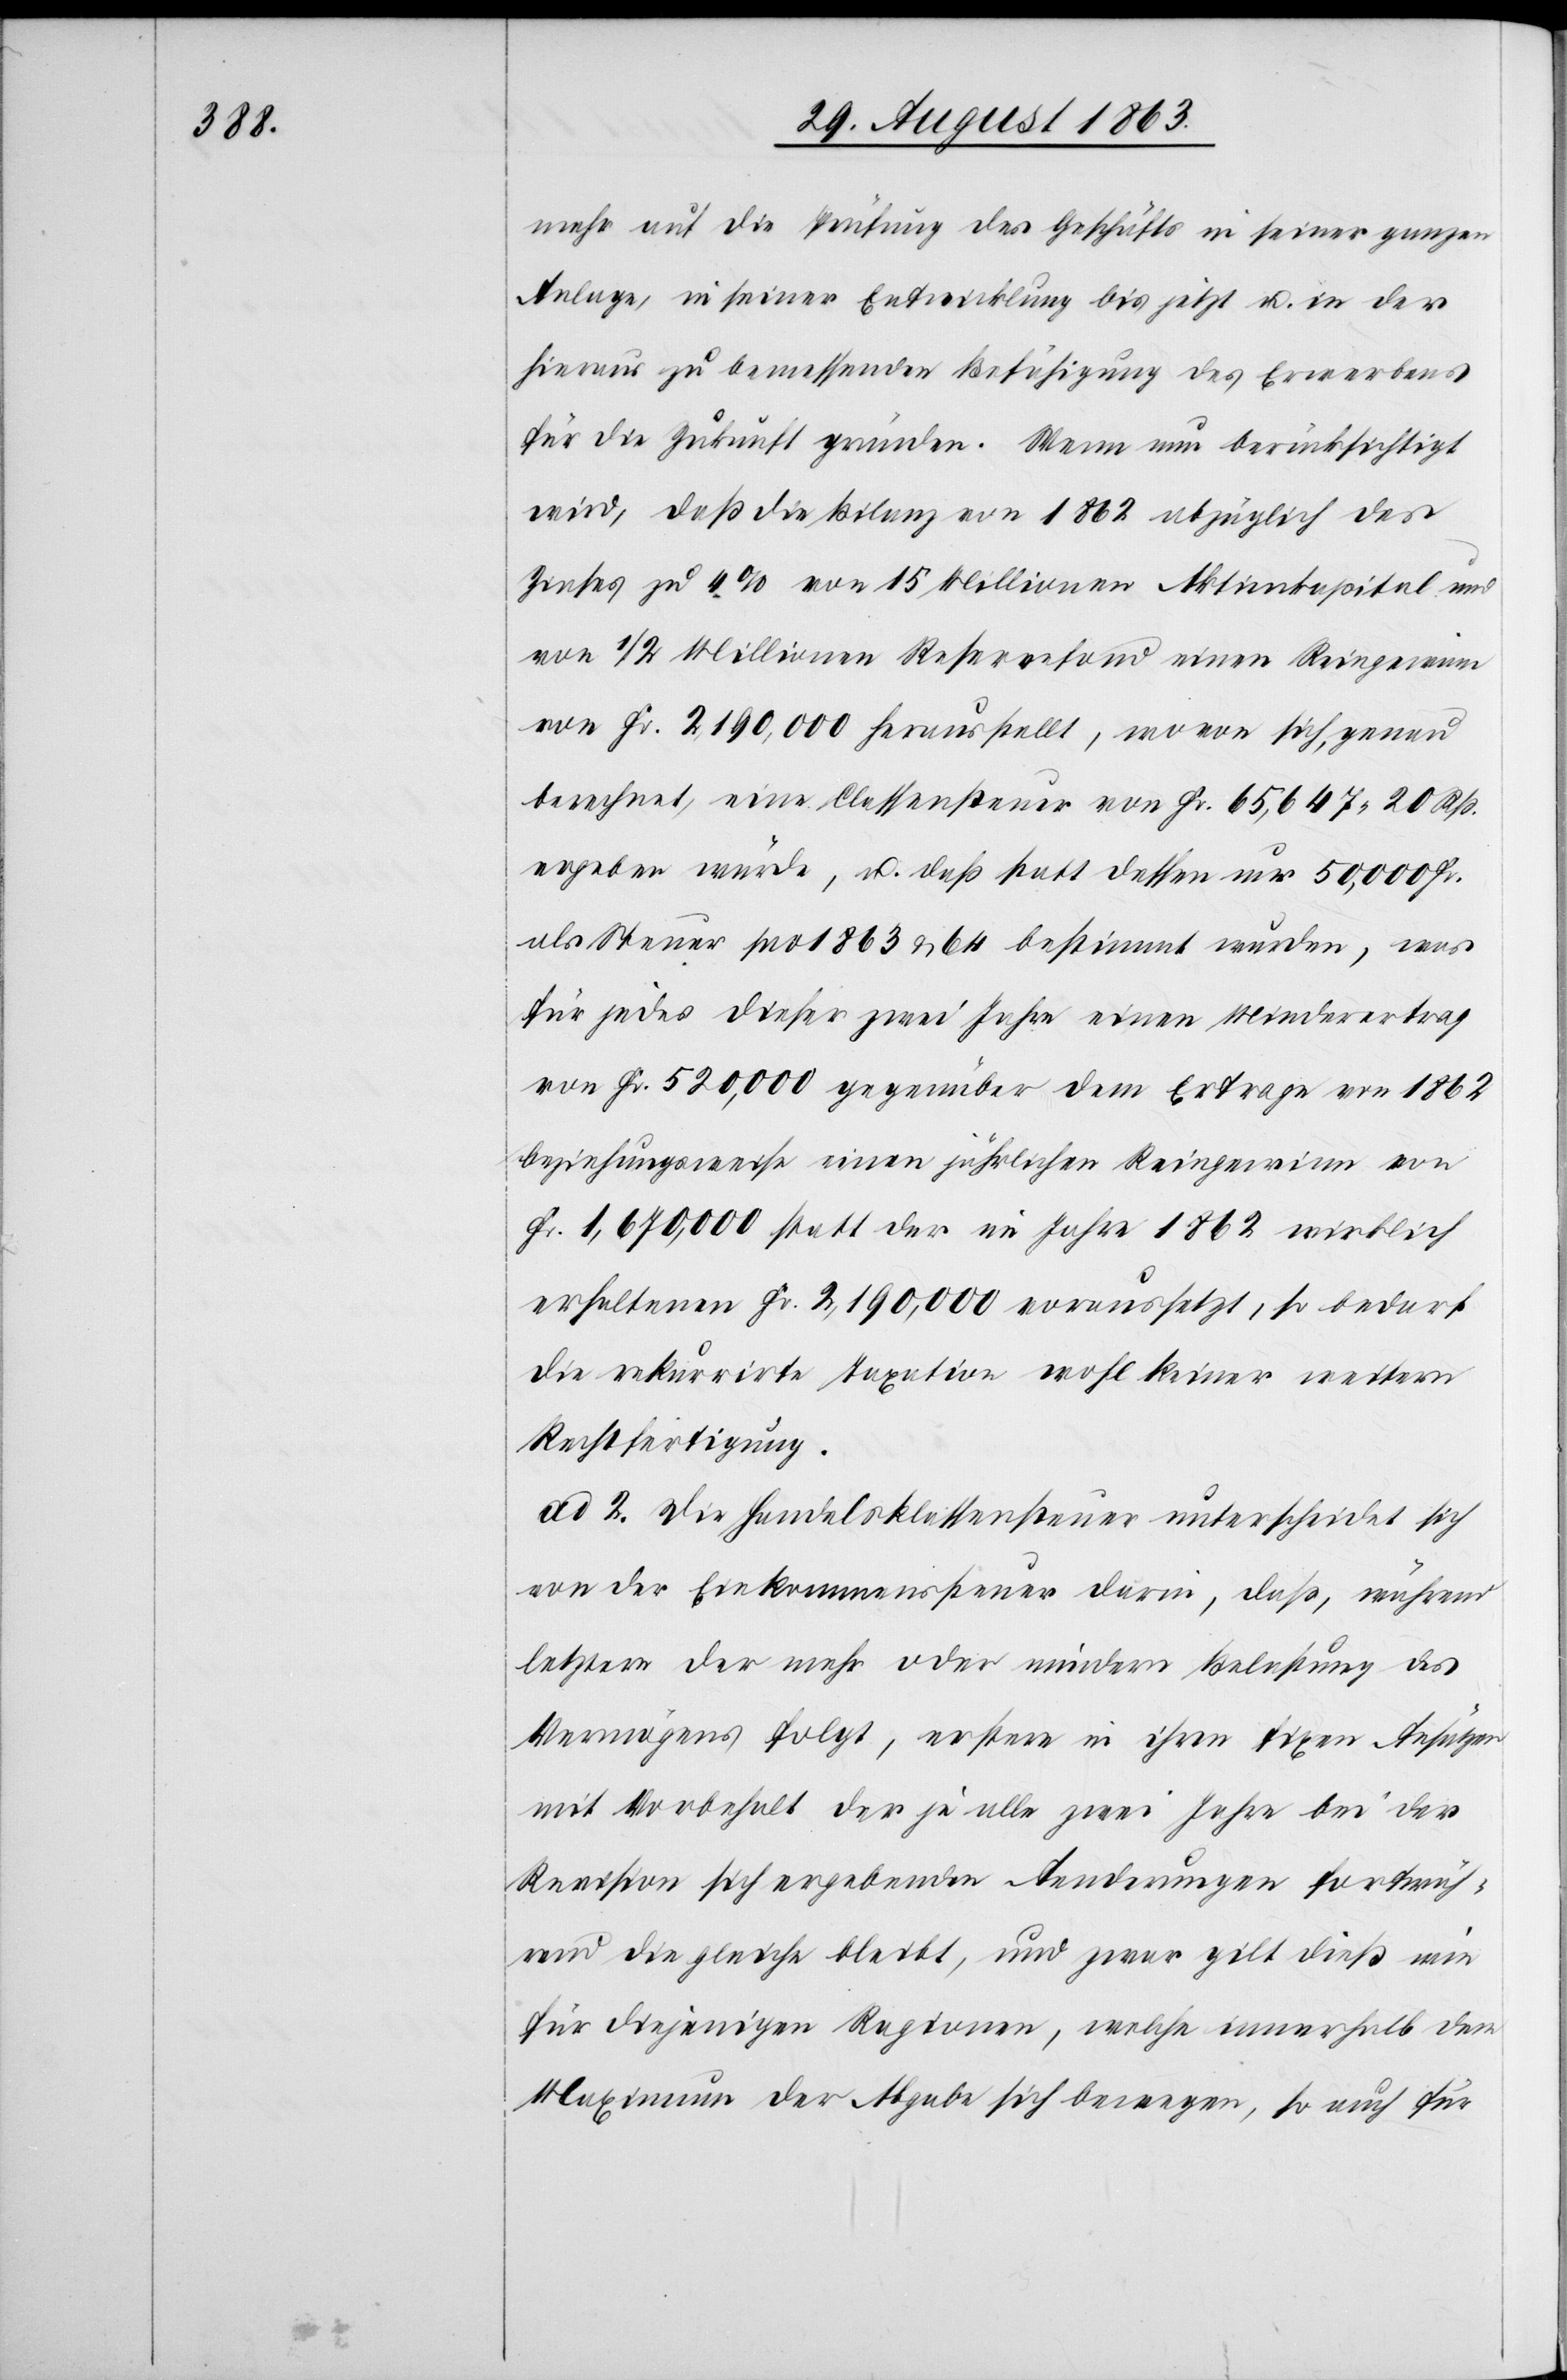
mehr auf die Prüfung des Geschäfts in seiner ganzen
Anlage, in seiner Entwicklung bis jetzt u. in der
hieraus zu bemessenden Befähigung des Erwerbens
für die Zukunft gründen. Wenn nun berücksichtigt
wird, daß die Bilanz von 1862 abzüglich des
Zinses zu 4% von 15 Millionen Aktienkapital und
von 1/2 Millionen Reservefond einen Reingewinn
von Fr. 2,190,000 herausstellt, wovon sich, genau
berechnet, eine Classensteuer von Fr. 65,647. 20 Rp.
ergeben würde, u. daß statt dessen nur 50,000 Fr.
als Steuer pro 1863 & 64 bestimmt wurden, was
für jedes dieser zwei Jahre einen Minderertrag
von Fr. 520,000 gegenüber dem Ertrage von 1862
beziehungsweise einen jährlichen Reingewinn von
Fr. 1,670,000 statt der im Jahre 1862 wirklich
erhaltenen Fr. 2,190,000 voraussetzt, so bedarf
die rekurrirte Taxation wohl keiner weitern
Rechtfertigung.
ad 2. Die Handelsklassensteuer unterscheidet sich
von der Einkommenssteuer darin, daß, während
letztere der mehr oder mindern Belastung des
Vermögens folgt, erstere in ihren fixen Ansätzen
mit Vorbehalt der je alle zwei Jahre bei der
Revision sich ergebenden Aenderungen fortwäh¬
rend die gleiche bleibt, und zwar gilt dieß wie
für diejenigen Ragionen, welche innerhalb dem
Maximum der Abgabe sich bewegen, so auch für